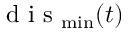
\mathrm { ~ d ~ i ~ s ~ } _ { \operatorname* { m i n } } ( t )